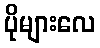
ပိုများလေ